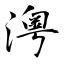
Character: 澚